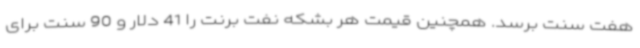
هفت سنت برسد. همچنین قیمت هر بشکه نفت برنت را 41 دلار و 90 سنت برای